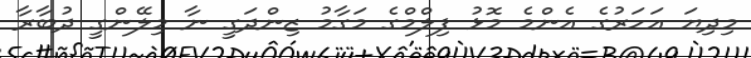
މިދިޔަ އަހަރުގެ އެންމެ މޮޅު ފިލްމްގެ މަގާމު ޒިންދަގީ ނާ މިލޭންގީ ދުބާރާ